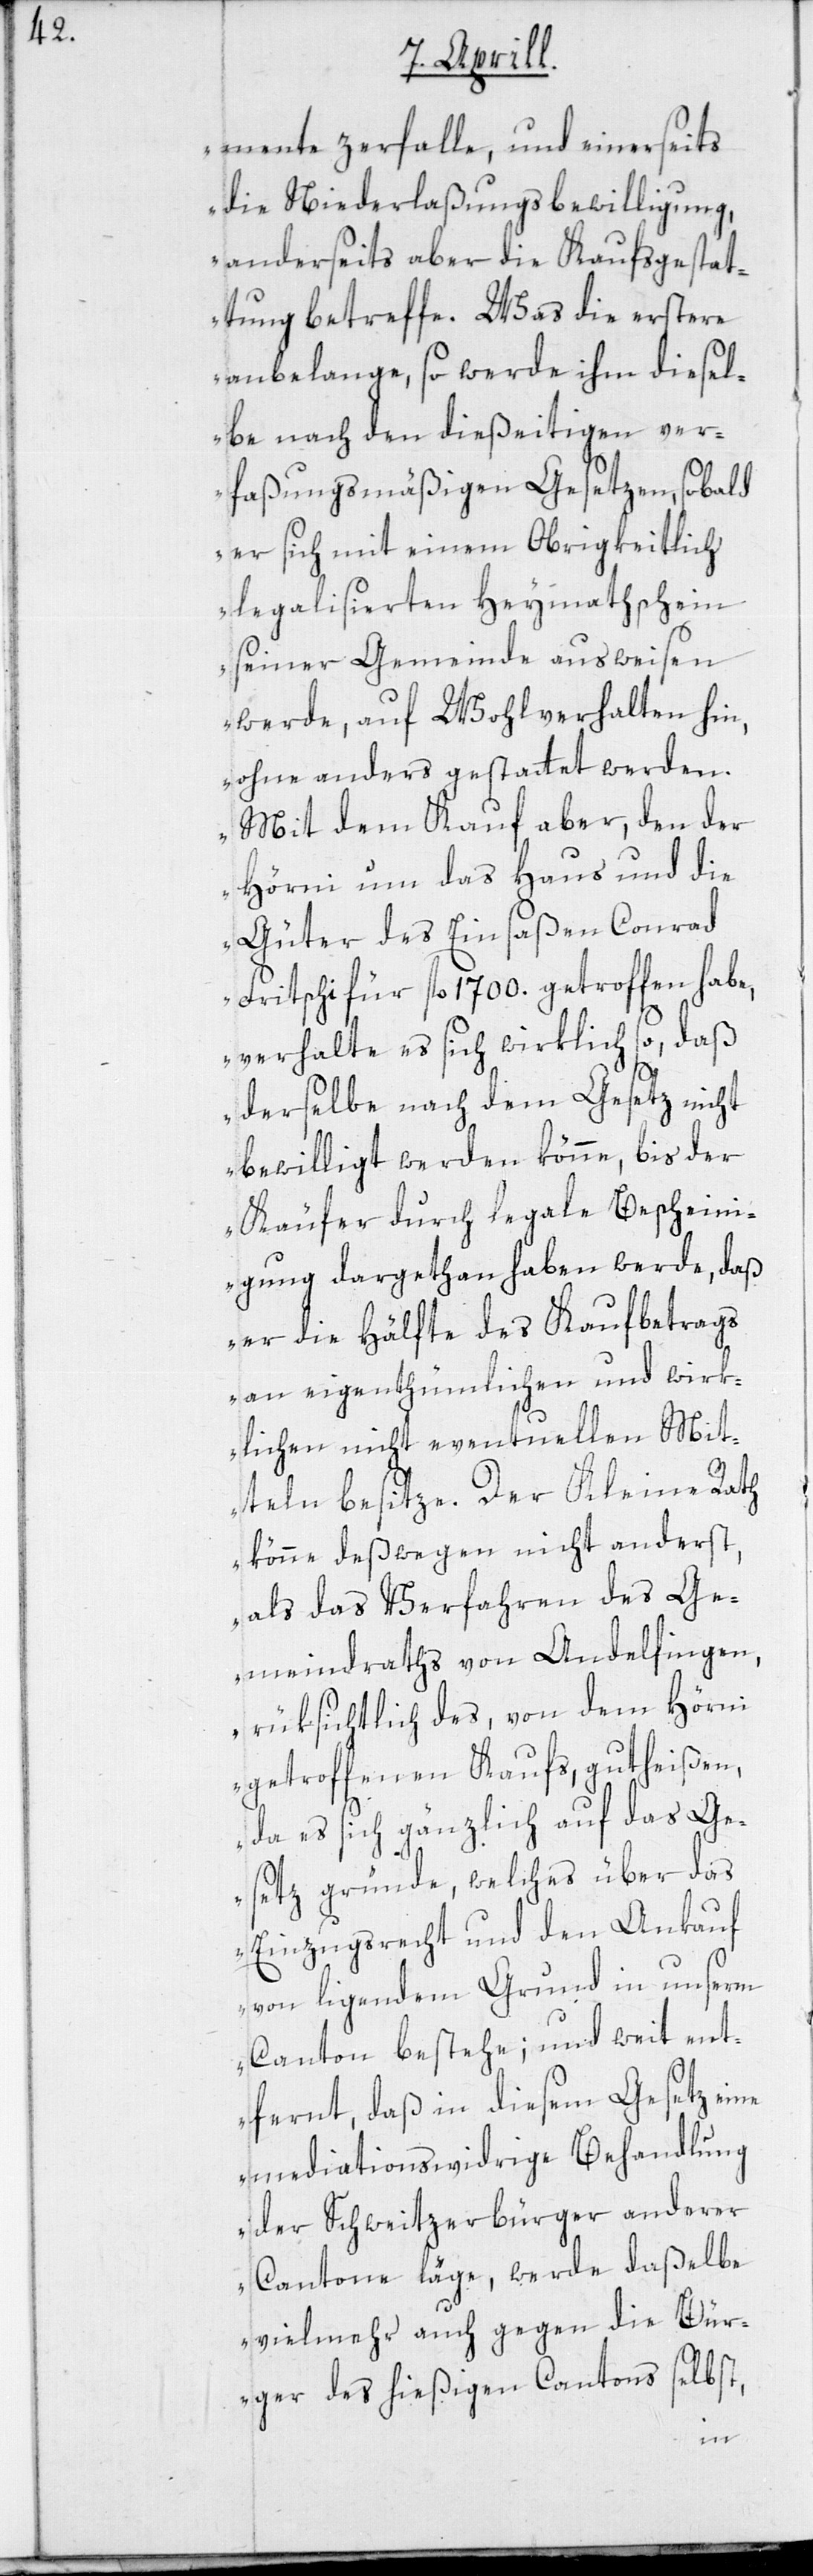
mente zerfalle, und einerseits
die Niederlaßungsbewilligung,
anderseits aber die Kaufsgestat¬
tung betreffe. Was die erstere
anbelange, so werde ihm diesel¬
be nach den dießeitigen ver¬
faßungsmäßigen Gesetzen, sobald
er sich mit einem Obrigkeitlich
legalisierten Heymathschein
seiner Gemeinde ausweisen
werde, auf Wohlverhalten hin,
ohne anders gestattet werden.
Mit dem Kauf aber, den der
Hörni um das Haus und die
Güter des Einsaßen Conrad
Fritschi für fl. 1700. getroffen habe,
verhalte es sich wirklich so, daß
derselbe nach dem Gesetz nicht
bewilligt werden könne, bis der
Käufer durch legale Beschein¬
igung dargethan haben werde, daß
er die Hälfte des Kaufbetrags
an eigenthümlichen und wirk¬
lichen nicht eventuellen Mit¬
teln besitze. Der Kleine Rath
könne deßwegen nicht anderst,
als das Verfahren des Ge¬
meindraths von Andelfingen,
rüksichtlich des, von dem Hörni
getroffenen Kaufs, gutheißen,
da es sich gänzlich auf das Ge¬
setz gründe, welches über das
Einzugsrecht und den Ankauf
von ligendem Grund in unserm
Canton bestehe; und weit ent¬
fernt, daß in diesem Gesetz eine
mediationswidrige Behandlung
der Schweitzerbürger anderer
Cantone läge, werde daßelbe
vielmehr auch gegen die Bür¬
ger des hiesigen Cantons selbst,